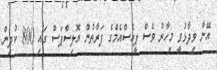
އޭނާ ވިދާޅުވީ މިހާރު ވެސް ޕީއެސްއެމްގެ ފަރާތުން އޮލިސްޕަސް ގައި 800 ކުދިން